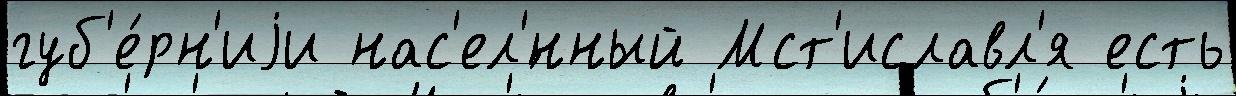
губ'е́рн'иjи нас'ел'́нный Мст'иславл'я есть